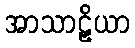
အာသာဠှိယာ